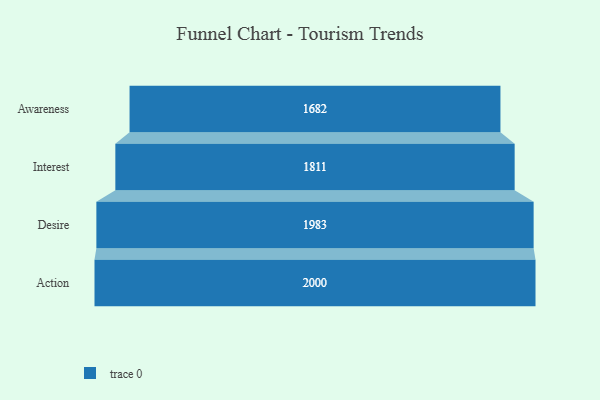
{"axis": {"x": "Stage", "y": "Value"}, "legend": [""], "data": [{"x": "Awareness", "y": 1682.0, "type": ""}, {"x": "Interest", "y": 1811.0, "type": ""}, {"x": "Desire", "y": 1983.0, "type": ""}, {"x": "Action", "y": 2000, "type": ""}]}